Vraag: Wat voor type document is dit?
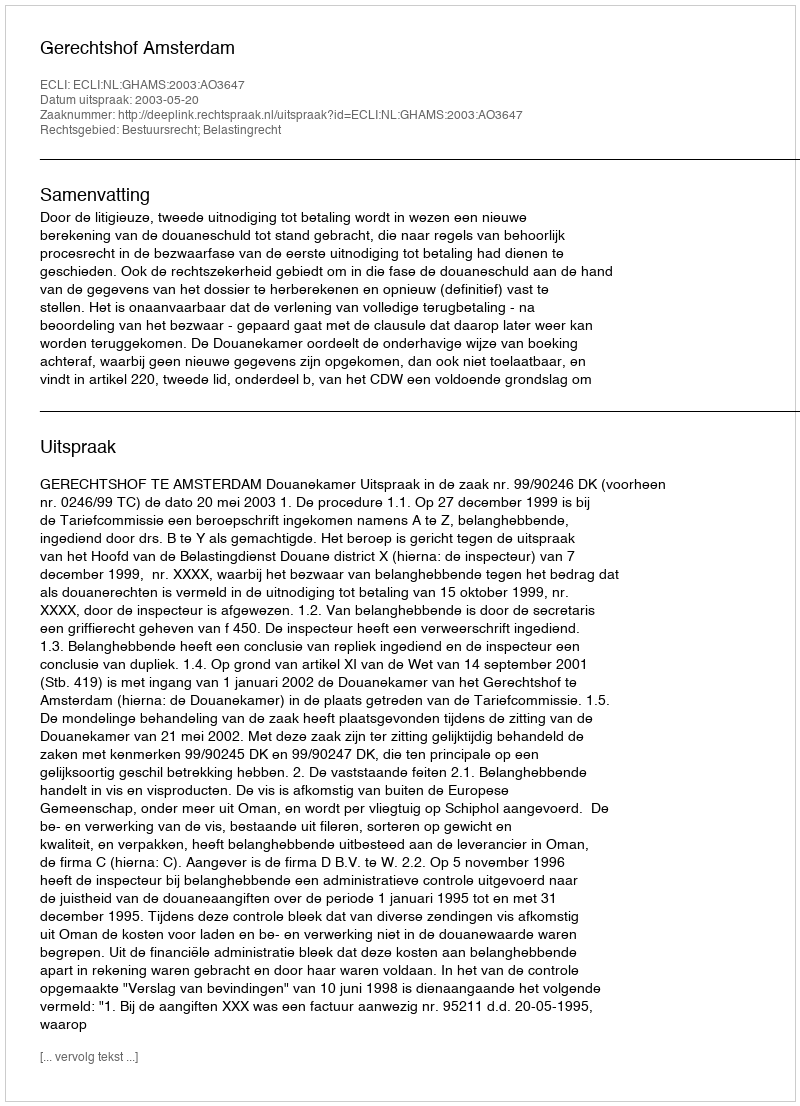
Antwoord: Uitspraak